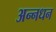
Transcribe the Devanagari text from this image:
अन्‍नधन